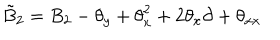
\tilde { B } _ { 2 } = B _ { 2 } - { \theta } _ { y } + { \theta } _ { x } ^ { 2 } + 2 { \theta } _ { x } \partial + { \theta } _ { x x }